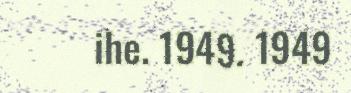
ihe. 1949. 1949